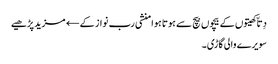
دِتاّ کھیتوں کے بیچوں بیچ سے ہوتا ہوا منشی رب نواز کے← مزید پڑھیے
سویرے والی گاڑی۔